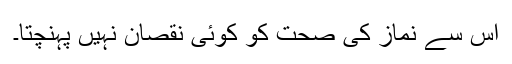
اس سے نماز کی صحت کو کوئی نقصان نہیں پہنچتا۔